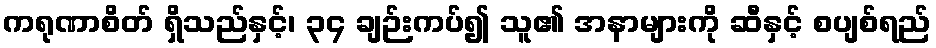
ကရုဏာစိတ် ရှိသည်နှင့်၊ ၃၄ ချဉ်းကပ်၍ သူ၏ အနာများကို ဆီနှင့် စပျစ်ရည်